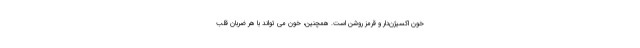
خون اکسیژن‌دار و قرمز روشن است. همچنین، خون می تواند با هر ضربان قلب